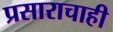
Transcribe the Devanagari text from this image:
प्रसाराचाही